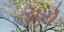
ચરો